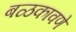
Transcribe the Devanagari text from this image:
बळकावणे